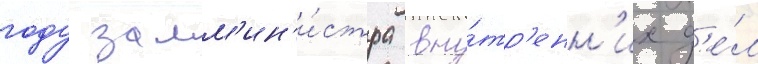
году замм'ин'и́стра вну́тр'енн'их д'е́л